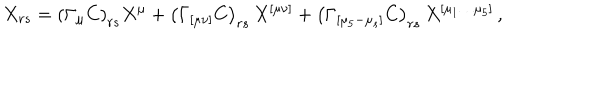
LaTeX: X _ { r s } = \left( \Gamma _ { \mu } C \right) _ { r s } X ^ { \mu } + \left( \Gamma _ { [ \mu \nu ] } C \right) _ { r s } \, X ^ { [ \mu \nu ] } + \left( \Gamma _ { [ \mu _ { 5 } - \mu _ { s } ] } C \right) _ { r s } \, X ^ { [ \mu _ { 1 } \ldots \mu _ { 5 } ] } \, ,